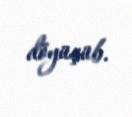
döyüşüb.